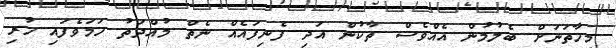
މިހާތަނަށް ބެލުމުން އެއްވެސް ތާކުން އަދި ފެނިފައެއް ނެތް މުއްދަތު ހަމަވެފައި ހުރި